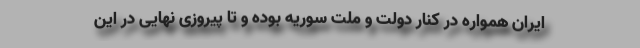
ایران همواره در کنار دولت و ملت سوریه بوده و تا پیروزی نهایی در این